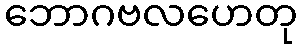
ဘောဂဗလဟေတု